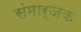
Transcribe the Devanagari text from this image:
संमार्जक